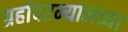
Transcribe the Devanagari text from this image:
ग्रहांदरम्यानच्या